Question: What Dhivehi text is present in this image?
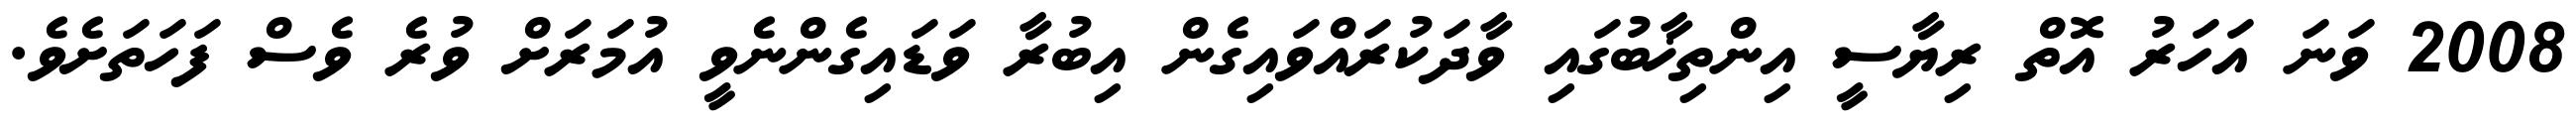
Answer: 2008 ވަނަ އަހަރު އޮތް ރިޔާސީ އިންތިޚާބުގައި ވާދަކުރައްވައިގެން އިބުރާ ވަޑައިގެންނެވީ އުމަރަށް ވުރެ ވެސް ފަހަތަށެވެ.